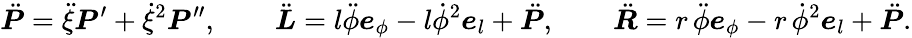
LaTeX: \ddot{\boldsymbol{P}}=\ddot{\xi}\boldsymbol{P}^{\prime}+\dot{\xi}^{2}\boldsymbol{P}^{\prime\prime},\qquad\ddot{\boldsymbol{L}}=l\ddot{\phi}\boldsymbol{e}_{\phi}-l\dot{\phi}^{2}\boldsymbol{e}_{l}+\ddot{\boldsymbol{P}},\qquad\ddot{\boldsymbol{R}}=r\, \ddot{\phi}\boldsymbol{e}_{\phi}-r\, \dot{\phi}^{2}\boldsymbol{e}_{l}+\ddot{\boldsymbol{P}}.